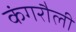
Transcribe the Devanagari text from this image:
कंगरौली